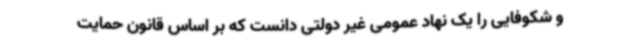
و شکوفایی را یک نهاد عمومی غیر دولتی دانست که بر اساس قانون حمایت